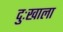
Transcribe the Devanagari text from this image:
दुःखाला